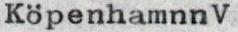
KöpenhamnnV